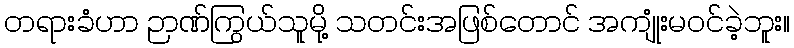
တရားခံဟာ ဉာဏ်ကြွယ်သူမို့ သတင်းအဖြစ်တောင် အကျုံးမဝင်ခဲ့ဘူး။